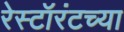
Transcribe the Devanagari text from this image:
रेस्टॉरंटच्या